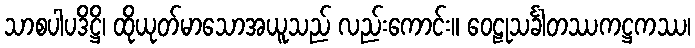
သာစပါပဒိဋ္ဌိ၊ ထိုယုတ်မာသောအယူသည် လည်းကောင်း။ ဝေဠုသင်္ခါတဿကဋ္ဌကဿ၊